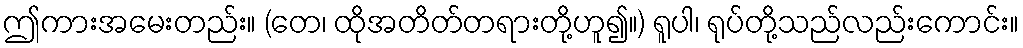
ဤကားအမေးတည်း။ (တေ၊ ထိုအတိတ်တရားတို့ဟူ၍။) ရူပါ၊ ရုပ်တို့သည်လည်းကောင်း။